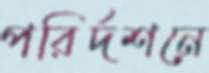
পরির্দশনে